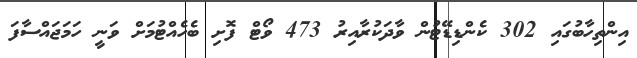
އިންތިހާބުގައި 302 ކެންޑިޑޭޓުން ވާދަކުރާއިރު 473 ވޯޓް ފޮށި ބެހެއްޓުމަށް ވަނީ ހަމަޖައްސާފަ